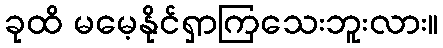
ခုထိ မမေ့နိုင်ရှာကြသေးဘူးလား။